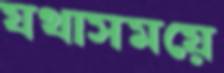
যথাসময়ে